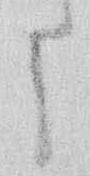
に